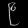
Digit: ၉